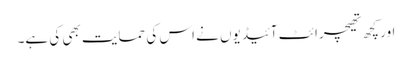
اور کچھ تھیچرائٹ آئیڈیوں نے اس کی حمایت بھی کی ہے۔